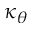
\kappa _ { \theta }